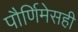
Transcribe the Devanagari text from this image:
पौर्णिमेसही